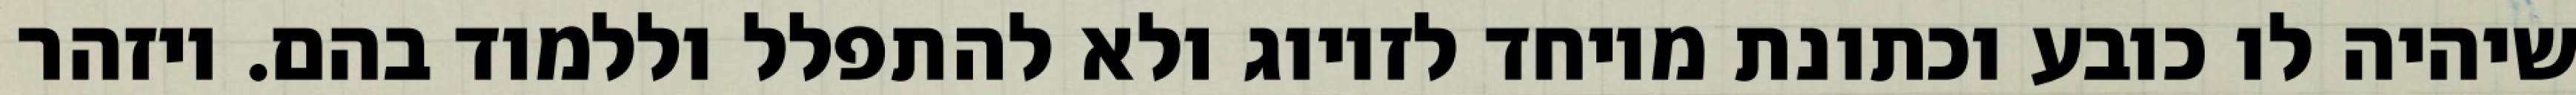
שיהיה לו כובע וכתונת מיוחד לזיווג ולא להתפלל וללמוד בהם. ויזהר